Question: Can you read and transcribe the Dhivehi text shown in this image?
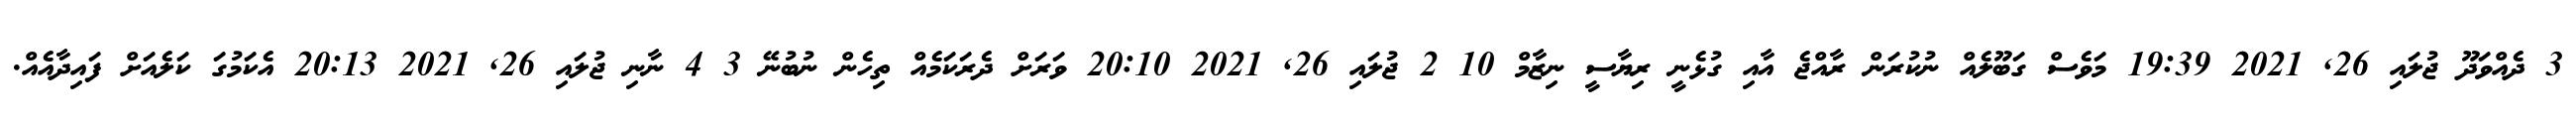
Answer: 3 ދެއްވަދޫ ޖުލައި 26, 2021 19:39 މަވެސް ގަބޫލެއް ނުކުރަން ރާއްޖެ އާއި ގުޅެނީ ރިޔާސީ ނިޒާމް 10 2 ޖުލައި 26, 2021 20:10 ވަރަށް ދެރަކަމެއް ތިހެން ނުބުނޭ 3 4 ނާނި ޖުލައި 26, 2021 20:13 އެކަމުގަ ކަލެއަށް ފައިދާއެއް.